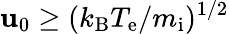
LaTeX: \mathbf{u}_{0}\geq(k_{\mathrm{{B}}}T_{\mathrm{{e}}}/m_{\mathrm{{i}}})^{1/2}